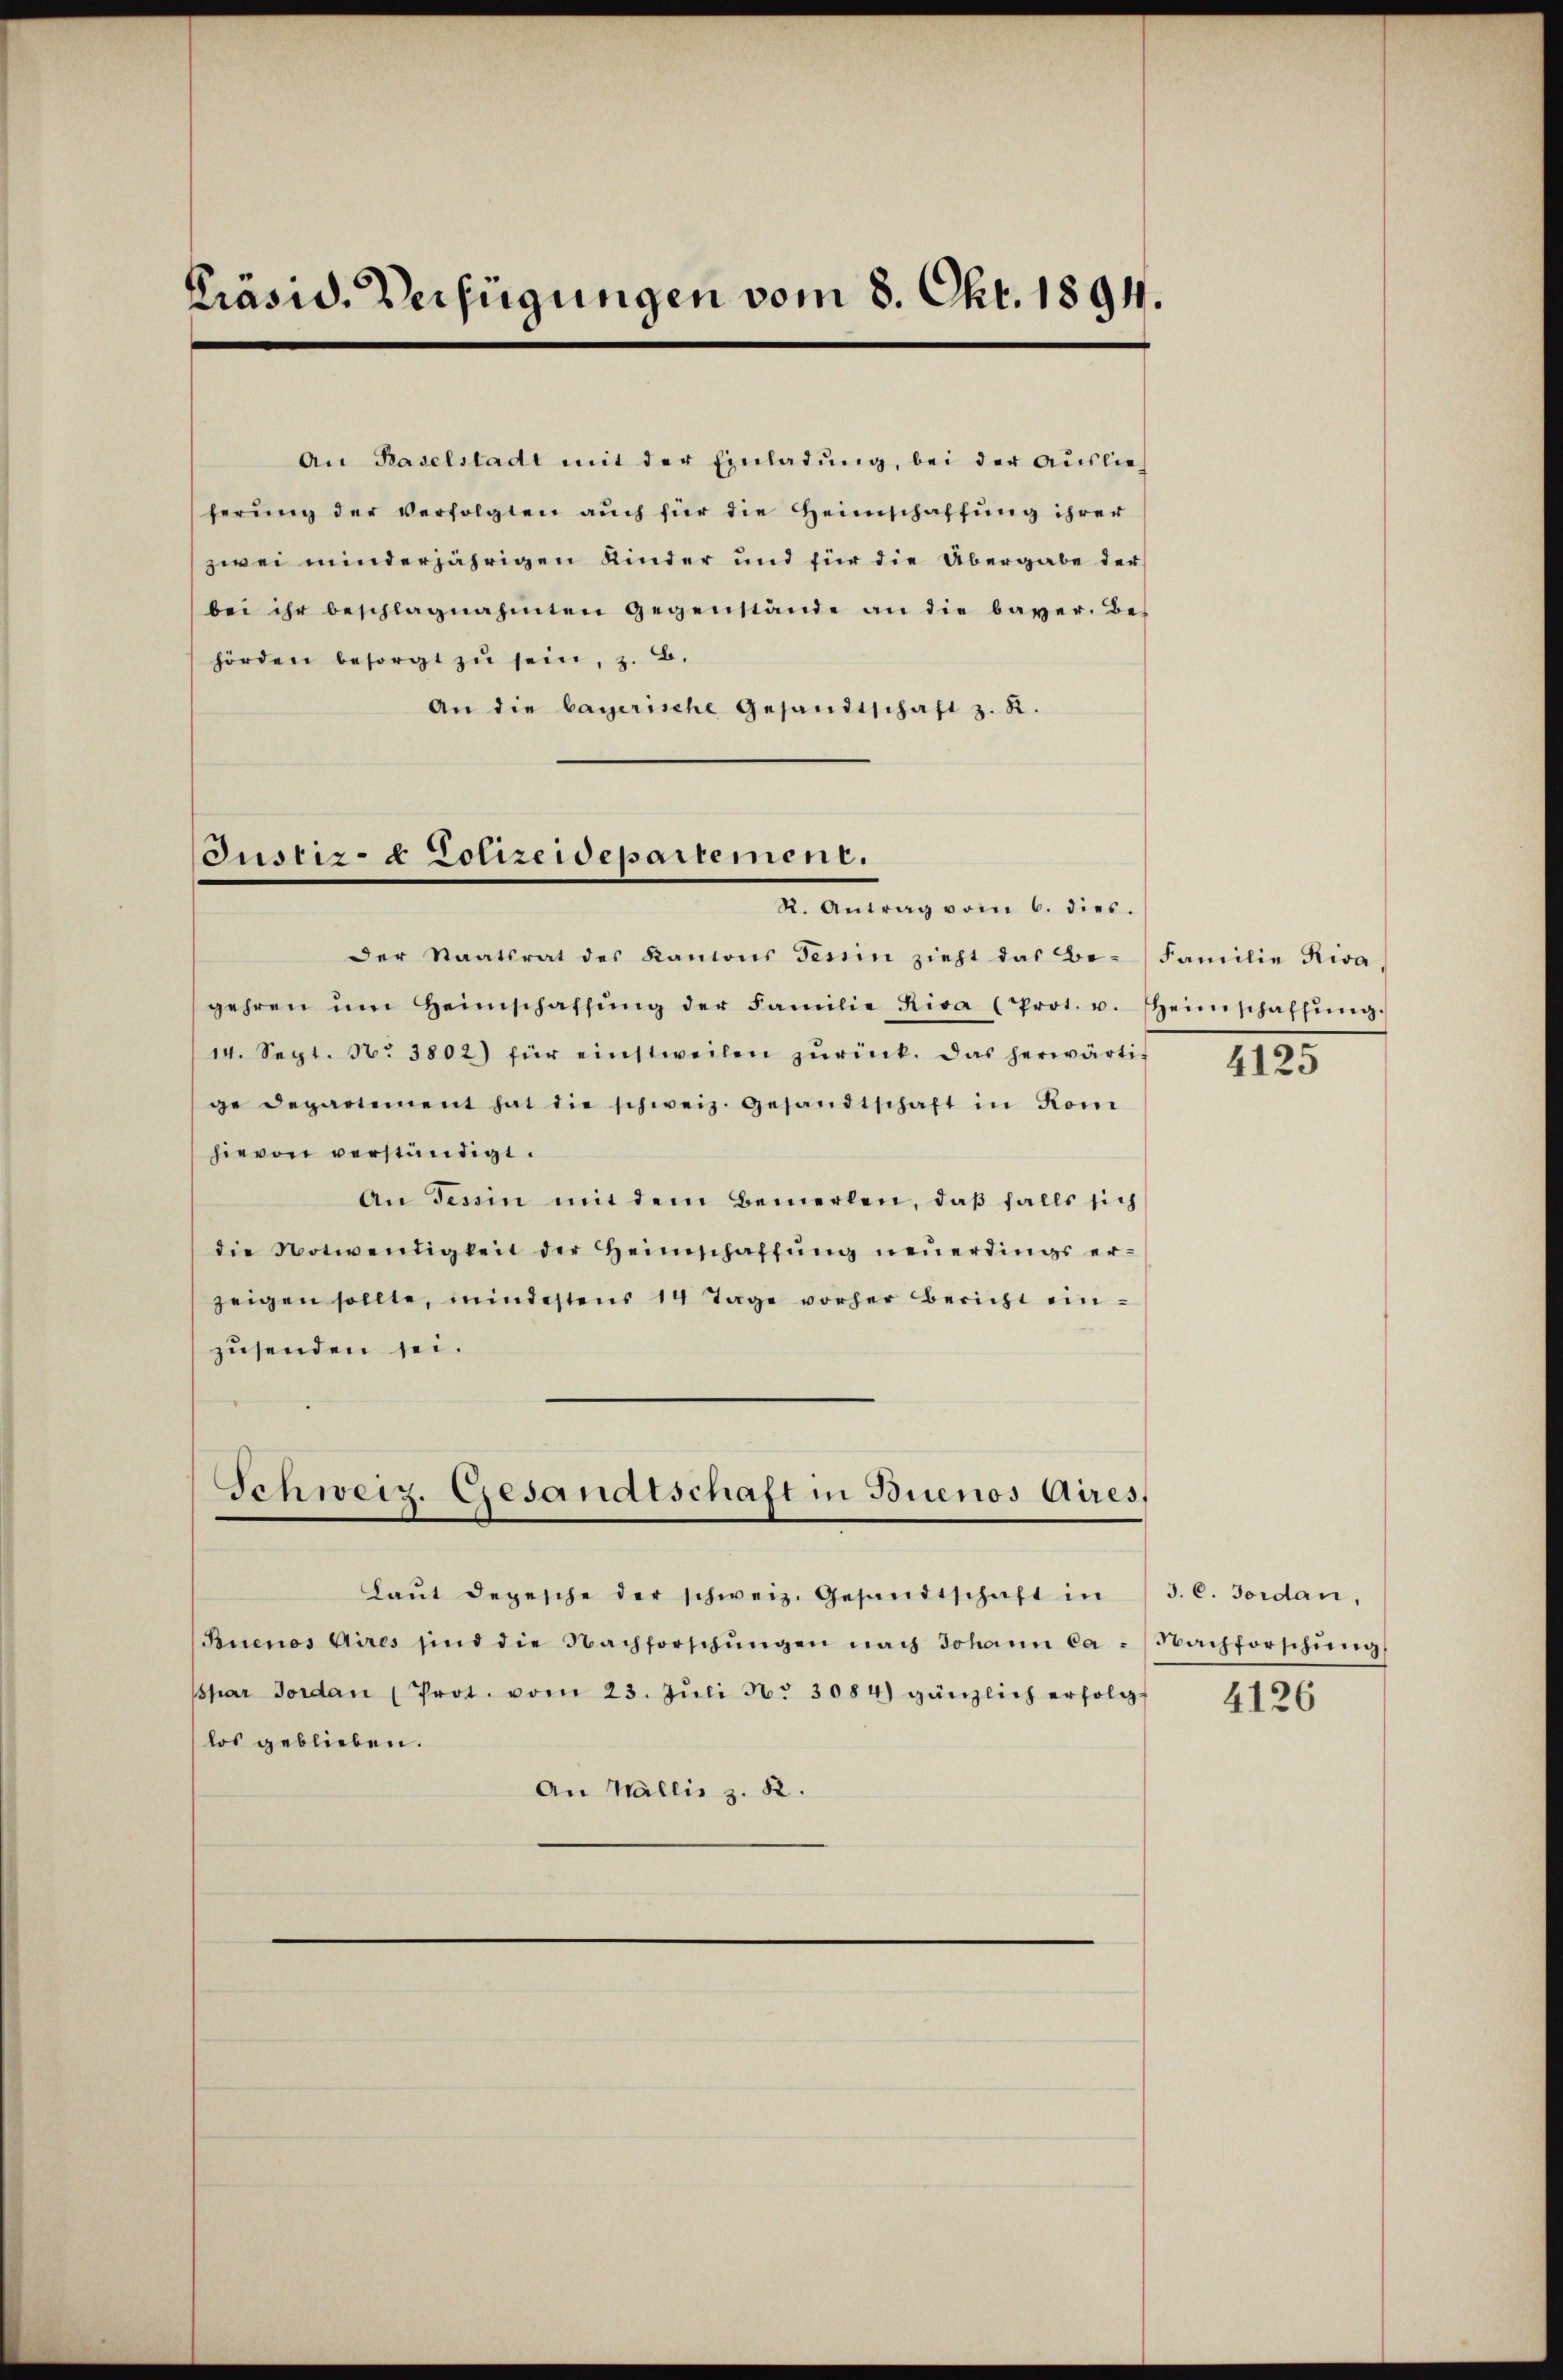
Präsid. Verfügungen vom 8. Okt. 1894.

An Baselstadt mit der Einladŭng, bei der Auslie
herŭng der verfolgten auch für die Heimschaffung ihrer
zwei minderjährigen Kinder und für die Übergabe der
bei ihr beschlagnahmen gegenstände an die bayer. Be-
hörden besorgt zŭ sein, z. B.
An die bayerische Gesandtschaft z. R.

Justiz- & Polizeidepartement.
R. Antrag vom 6. dies.

Schweiz. Gesandtschaft in Buenos Aires,

Der Staatsrat des Kantons Tessin zieht das Be- Familie Riva,
gehren ŭm Heimschaffŭng der Familie Riva (Prot. u. Heimschaffŭng.
14. Sept. N. 3802) für einstweilen zŭrück. Das herwärtig
ge Departement hat die schweiz. Gesandtschaft in Kom
hievon verständigt.
An Tessin mit dem Bemerken, daβ falls sich
die Notwendigkeit der Heimschaffŭng neŭerdings er-
zeigen sollte, mindestens 14 Tage vorher Bericht einzusenden sei.

Laŭt depesche der schweiz. Gesandtschaft in 3. C. Jordan,

Buenos Aires sind die Nachforschŭngen nach Johann Ca - Nachforschŭng
spar Jordan (Prot. vom 23. Jŭli N. 3084) gänzlich erfolg-
los geblieben.
An Wallis z. R.

2125

4126